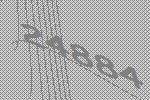
24884